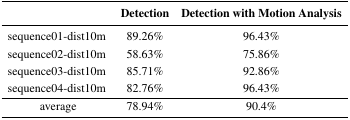
|  | Detection | Detection with Motion Analysis |
 | --- | --- | --- |
 | sequence01-dist10m | 89.26% | 96.43% |
 | sequence02-dist10m | 58.63% | 75.86% |
 | sequence03-dist10m | 85.71% | 92.86% |
 | sequence04-dist10m | 82.76% | 96.43% |
 | average | 78.94% | 90.4% |